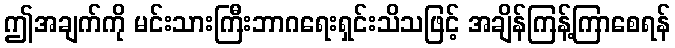
ဤအချက်ကို မင်းသားကြီးဘာဂရေးရှင်းသိသဖြင့် အချိန်ကြန့်ကြာစေရန်